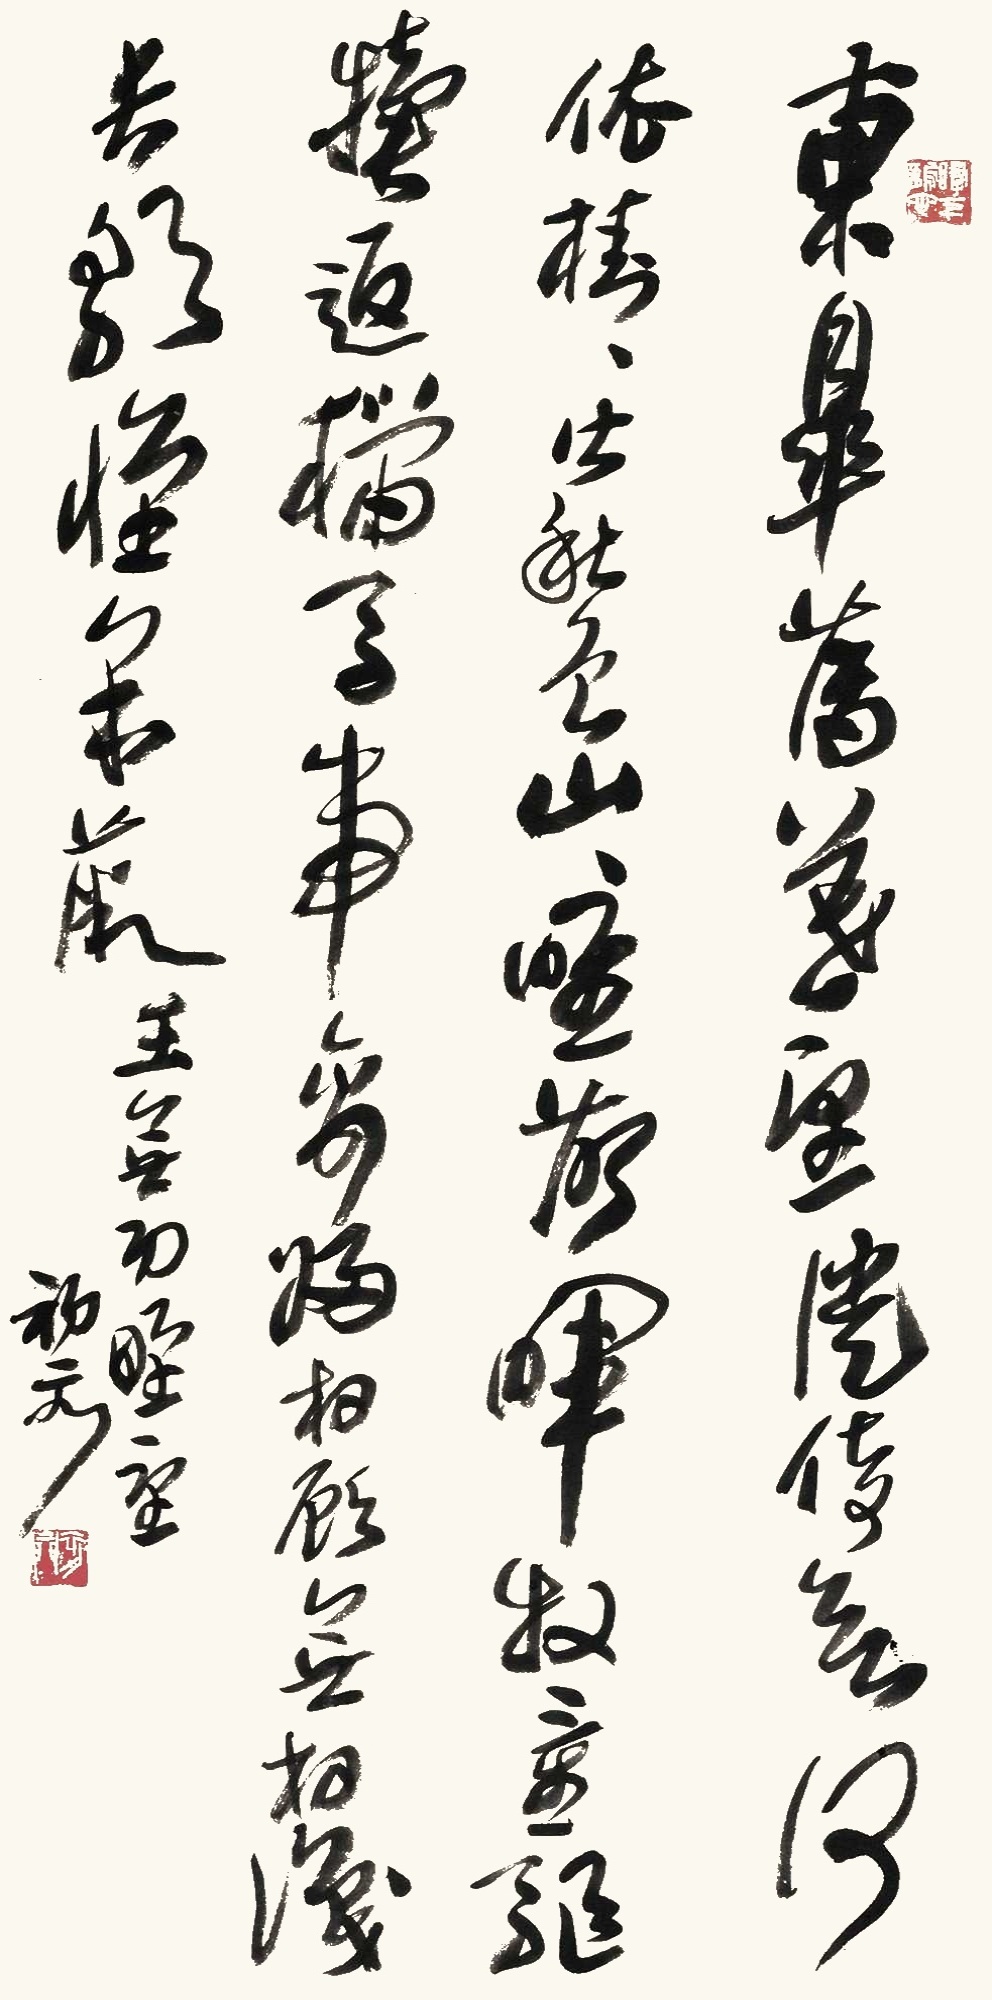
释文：东皋薄暮望，徙倚欲何依。树树皆秋色，山山唯落晖。牧童驱犊返，猎马带禽归。相顾无相识，长歌怀采薇。王无功野望。初升。